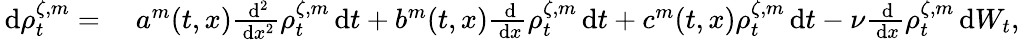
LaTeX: \begin{array}{rl}{\, \mathrm{d}\rho_{t}^{\zeta,m}=}&{\; a^{m}(t,x)\frac{\, \mathrm{d}^{2}}{\, \mathrm{d}x^{2}}\rho_{t}^{\zeta,m}\, \mathrm{d}t+b^{m}(t,x)\frac{\, \mathrm{d}}{\, \mathrm{d}x}\rho_{t}^{\zeta,m}\, \mathrm{d}t+c^{m}(t,x)\rho_{t}^{\zeta,m}\, \mathrm{d}t-\nu\frac{\, \mathrm{d}}{\, \mathrm{d}x}\rho_{t}^{\zeta,m}\, \mathrm{d}W_{t},}\end{array}